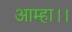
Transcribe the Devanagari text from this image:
आम्हा।।